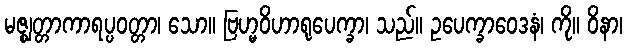
မဇ္ဈတ္တာကာရပ္ပဝတ္တာ၊ သော။ ဗြဟ္မဝိဟာရုပေက္ခာ၊ သည်။ ဥပေက္ခာဝေဒနံ၊ ကို။ ဝိနာ၊